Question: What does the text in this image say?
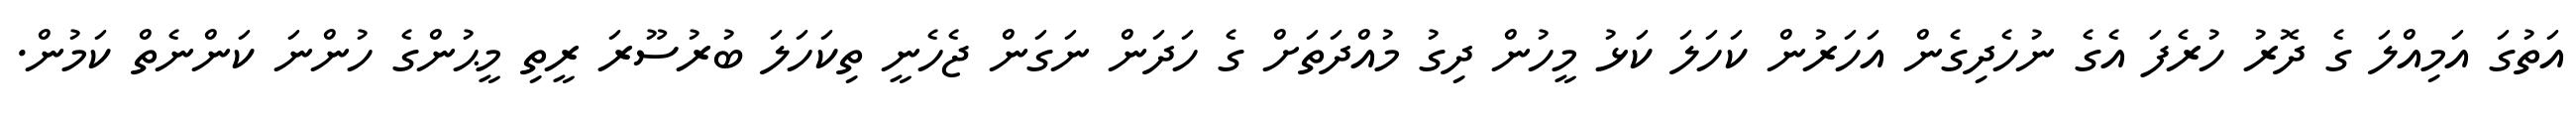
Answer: އަތުގަ އަމިއްލަ ގެ ދޮރު ހުރެފަ އެގެ ނުހެދިގެން އަހަރުން ކަހަލަ ކަޅު މީހުން ދިގު މުއްދަތަށް ގެ ހަދަން ނަގަން ޖެހެނީ ތިކަހަލަ ބުރުސޫރަ ރީތި މީޙުންގެ ހުންނަ ކަންނެތް ކަމުން.